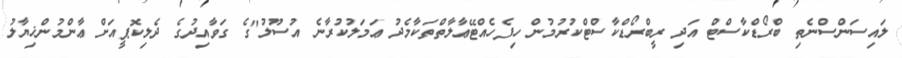
ލައިސަންސްނެތި ބްރޯޑްކާސްޓް އަދި ރީބްރޯޑްކާސްޓްކުރުމުން ހިފެހެއްޓޭޢާލާތްތަކާމެދު ޢަމަލުކުރާނެ އުސޫލު"ގެ ގަވާއިދުގެ ދެލިކޮޕީއަށް ޢާންމުންޚިޔާލު